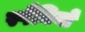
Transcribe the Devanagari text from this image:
स्पैनियों